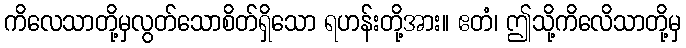
ကိလေသာတို့မှလွတ်သောစိတ်ရှိသော ရဟန်းတို့အား။ ဧတံ၊ ဤသို့ကိလေိသာတို့မှ